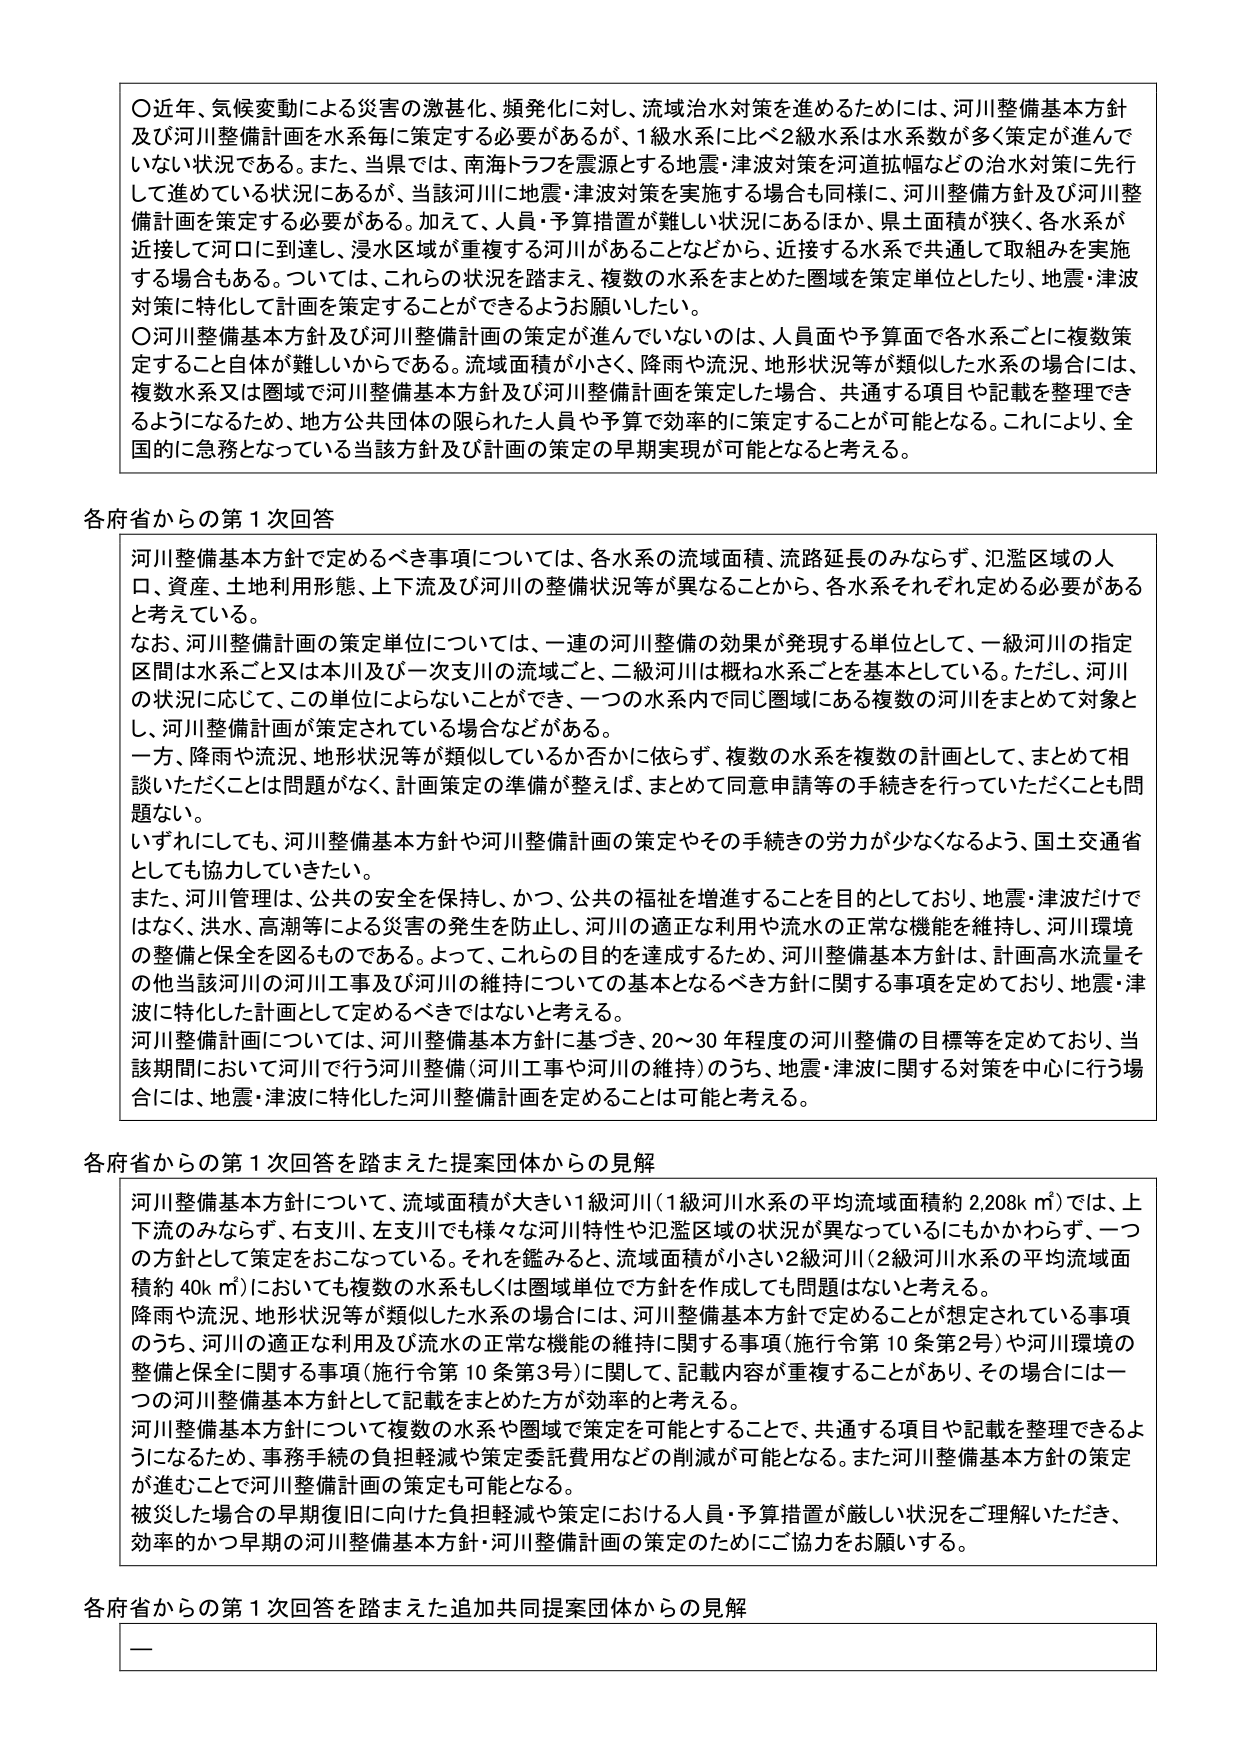
〇近年、気候変動による災害の激甚化、頻発化に対し、流域治水対策を進めるためには、河川整備基本方針及び河川整備計画を水系毎に策定する必要があるが、1級水系に比べ2級水系は水系数が多く策定が進んでいない状況である。また、当県では、南海トラフを震源とする地震・津波対策を河道拡幅などの治水対策に先行して進めている状況にあるが、当該河川に地震・津波対策を実施する場合も同様に、河川整備方針及び河川整備計画を策定する必要がある。加えて、人員・予算措置が難しい状況であるほか、県土面積が狭く、各水系が近接して河口に到達し、浸水区域が重複する場合があることなどから、近接する水系で共通して取組みを実施する場合もある。ついては、これらの状況を踏まえ、複数の水系をまとめた圏域を策定単位としたり、地震・津波対策に特化して計画を策定することができるようお願いしたい。

〇河川整備基本方針及び河川整備計画の策定が進んでいないのは、人員面や予算面で各水系ごとに複数策定すること自体が難しいからである。流域面積が小さく、降雨や流況、地形状況等が類似した水系の場合には、複数水系又は圏域で河川整備基本方針及び河川整備計画を策定した場合、共通する項目や記載を整理できるようになるため、地方公共団体の限られた人員や予算で効率的に策定することが可能となる。これにより、全国的に急務となっている当該方針及び計画の策定の早期実現が可能となると考える。

各府省からの第1次回答

河川整備基本方針で定めるべき事項については、各水系の流域面積、流路延長のみならず、氾濫区域の人口、資産、土地利用形態、上下流及び河川の整備状況等が異なることから、各水系それぞれ定める必要があると考えている。

なお、河川整備計画の策定単位については、一連の河川整備の効果が発現する単位として、一級河川の指定区間は水系ごと又は本川及び一次支川の流域ごと、二級河川は概ね水系ごとを基本としている。ただし、河川の状況に応じて、この単位によらないことができ、一つの水系内で同じ圏域にある複数の河川をまとめて対象とし、河川整備計画が策定されている場合などがある。

一方、降雨や流況、地形状況等が類似しているか否かに依らず、複数の水系を複数の計画として、まとめて相談いただくことは問題がなく、計画策定の準備が整えば、まとめて同意申請等の手続きを行っていただくことも問題ない。

いずれにしても、河川整備基本方針や河川整備計画の策定やその手続きの労力が少なくなるよう、国土交通省としても協力していきたい。

また、河川管理は、公共の安全を保持し、かつ、公共の福祉を増進することを目的としており、地震・津波だけではなく、洪水、高潮等による災害の発生を防止し、河川の適正な利用や流水の正常な機能を維持し、河川環境の整備と保全を図るものである。よって、これらの目的を達成するため、河川整備基本方針は、計画高水流量その他当該河川の河川工事及び河川の維持についての基本となるべき方針に関する事項を定めており、地震・津波に特化した計画として定めるべきではないと考える。

河川整備計画については、河川整備基本方針に基づき、20～30年程度の河川整備の目標等を定めており、当該期間において河川で行う河川整備（河川工事や河川の維持）のうち、地震・津波に関する対策を中心に行う場合には、地震・津波に特化した河川整備計画を定めることは可能と考える。

各府省からの第1次回答を踏まえた提案団体からの見解

河川整備基本方針について、流域面積が大きい1級河川（1級河川水系の平均流域面積約2,208k㎡）では、上下流のみならず、右支川、左支川でも様々な河川特性や氾濫区域の状況が異なっているにもかかわらず、一つの方針として策定をおこなっている。それを鑑みると、流域面積が小さい2級河川（2級河川水系の平均流域面積約40k㎡）においても複数の水系もしくは圏域単位で方針を作成しても問題はないと考える。

降雨や流況、地形状況等が類似した水系の場合には、河川整備基本方針で定めることが想定されている事項のうち、河川の適正な利用及び流水の正常な機能の維持に関する事項（施行令第10条第2号）や河川環境の整備と保全に関する事項（施行令第10条第3号）に関して、記載内容が重複することがあり、その場合には一つの河川整備基本方針として記載をまとめた方が効率的と考える。

河川整備基本方針について複数の水系や圏域で策定を可能とすることで、共通する項目や記載を整理できるようになるため、事務手続の負担軽減や策定委託費用などの削減が可能となる。また河川整備基本方針の策定が進むことで河川整備計画の策定も可能となる。

被災した場合の早期復旧に向けた負担軽減や策定における人員・予算措置が厳しい状況をご理解いただき、効率的かつ早期の河川整備基本方針・河川整備計画の策定のためにご協力をお願いする。

各府省からの第1次回答を踏まえた追加共同提案団体からの見解

ー